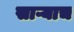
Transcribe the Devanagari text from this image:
साऱ्याच